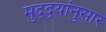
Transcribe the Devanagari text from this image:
मुद्‌द्‌यांनुसार